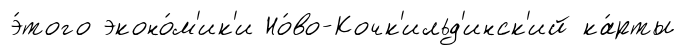
э́того эконо́м'ик'и Но́во-Кочк'ильд'инск'ий ка́рты